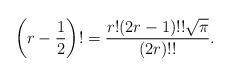
LaTeX: \begin{align*}\left(r-\frac{1}{2}\right)!=\frac{r!(2r-1)!!\sqrt{\pi}}{(2r)!!}.\end{align*}